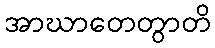
အာဃာတေတွာတိ